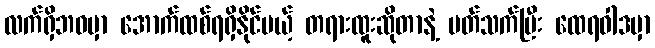
လက်ရှိဘဝမှာ အောက်ထစ်ရရှိနိုင်မယ့် တရားထူးဆိုတာနဲ့ ပတ်သက်ပြီး ထေရဝါဒမှာ